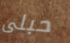
حبلى